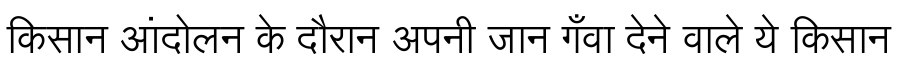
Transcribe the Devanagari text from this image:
किसान आंदोलन के दौरान अपनी जान गँवा देने वाले ये किसान